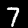
Digit: 7